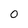
Character: 0